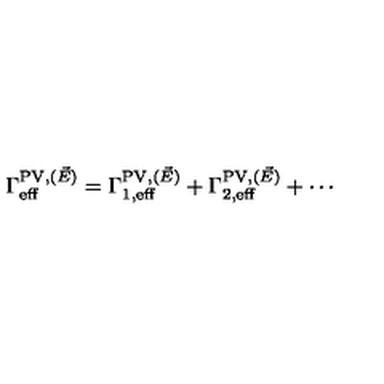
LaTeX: \Gamma _ { \mathrm { e f f } } ^ { \mathrm { P V } , ( \vec { E } ) } = \Gamma _ { 1 , \mathrm { e f f } } ^ { \mathrm { P V } , ( \vec { E } ) } + \Gamma _ { 2 , \mathrm { e f f } } ^ { \mathrm { P V } , ( \vec { E } ) } + \cdots